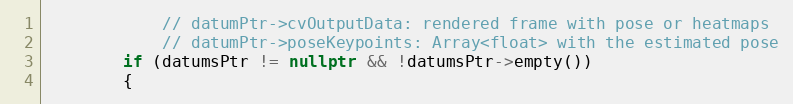
Language: C++
            // datumPtr->cvOutputData: rendered frame with pose or heatmaps
            // datumPtr->poseKeypoints: Array<float> with the estimated pose
        if (datumsPtr != nullptr && !datumsPtr->empty())
        {